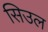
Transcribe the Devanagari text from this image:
सिउल